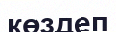
көздеп